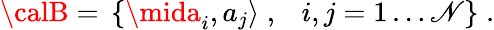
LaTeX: {\calB}=\, \left\{ \mida_{i},a_{j}\rangle\; ,\; \, \, \, i,j=1\ldots\mathscr{N}\right\} \; .